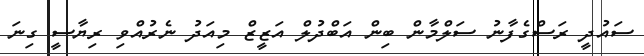
ސައުދީ ރަސްގެފާނު ސަލްމާން ބިން އަބްދުލް އަޒީޒް މިއަދު ނެރުއްވި ރިޔާސީ ގިނަ